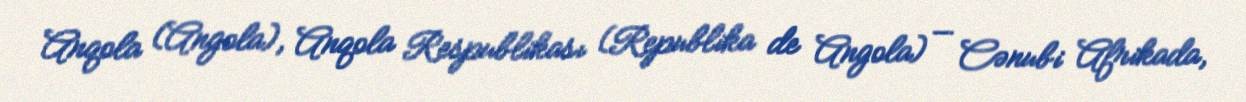
Anqola (Angola), Anqola Respublikası (Republika de Angola) — Cənubi Afrikada,